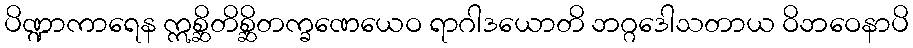
ပိဏ္ဍာကာရေန ဣစ္ဆိတိစ္ဆိတက္ခဏေယေဝ ရာဂါဒယောတိ ဘဂ္ဂဒေါသတာယ ဝိဘဝေနာပိ